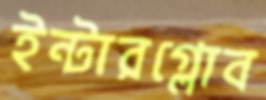
ইন্টারগ্লোব